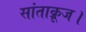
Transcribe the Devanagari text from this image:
सांताक्रूज।